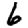
Digit: 6